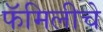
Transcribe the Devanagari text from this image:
फॅमिलीचे